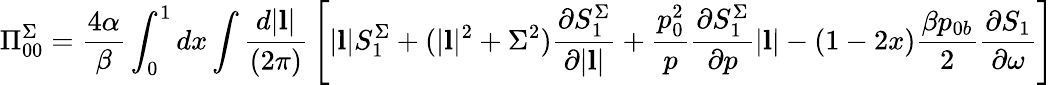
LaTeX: \Pi_{00}^{\Sigma}={\frac{4\alpha}{\beta}}\int_{0}^{1}dx\int{\frac{d|{\mathbf l}|}{(2\pi)}}\left[|{\mathbf l}|S_{1}^{\Sigma}+(|{\mathbf l}|^{2}+\Sigma^{2}){\frac{\partial S_{1}^{\Sigma}}{\partial|{\mathbf l}|}}+{\frac{p_{0}^{2}}{p}}{\frac{\partial S_{1}^{\Sigma}}{\partial p}}|{\mathbf l}|-(1-2x){\frac{\beta p_{0b}}{2}}{\frac{\partial S_{1}}{\partial\omega}}\right]